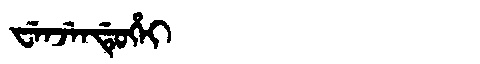
Manchu: ᠸᡝᠨᠵᡝᠨᡩᡠᡥᡝᡳ
Romanization: WENJENDUHEI